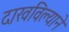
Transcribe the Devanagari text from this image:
दाखविल्याने